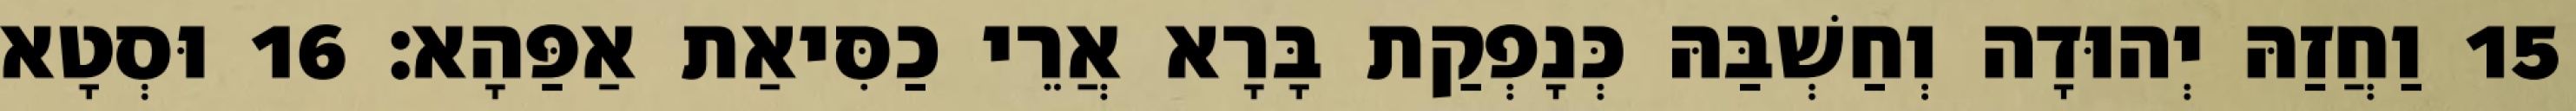
15 וַחֲזַהּ יְהוּדָה וְחַשְׁבַּהּ כְּנָפְקַת בָּרָא אֲרֵי כַסִּיאַת אַפַּהָא׃ 16 וּסְטָא